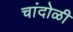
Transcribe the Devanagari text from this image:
चांदोळी